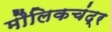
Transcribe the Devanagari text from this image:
मौलिकचंद्र